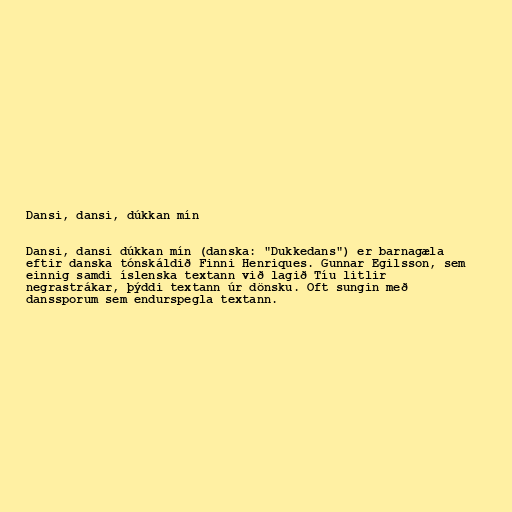
Dansi, dansi, dúkkan mín

Dansi, dansi dúkkan mín (danska: "Dukkedans") er barnagæla
eftir danska tónskáldið Finni Henriques. Gunnar Egilsson, sem
einnig samdi íslenska textann við lagið Tíu litlir
negrastrákar, þýddi textann úr dönsku. Oft sungin með
danssporum sem endurspegla textann.